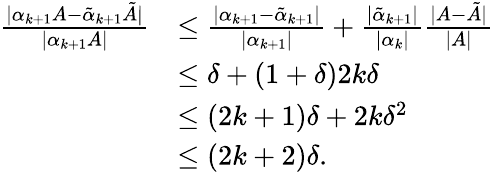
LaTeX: \begin{array}{rl}{\frac{|\alpha_{k+1}A-\tilde{\alpha}_{k+1}\tilde{A}|}{|\alpha_{k+1}A|}}&{\leq\frac{|\alpha_{k+1}-\tilde{\alpha}_{k+1}|}{|\alpha_{k+1}|}+\frac{|\tilde{\alpha}_{k+1}|}{|\alpha_{k}|}\frac{|A-\tilde{A}|}{|A|}}\\ &{\leq\delta+(1+\delta)2k\delta}\\ &{\leq(2k+1)\delta+2k\delta^{2}}\\ &{\leq(2k+2)\delta.}\end{array}